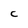
Character: C